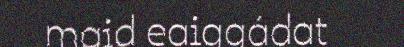
maid eaiggádat